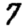
Digit: 7